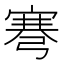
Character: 弿